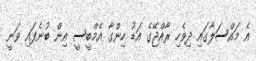
އެ މައްސަލާގައި ދިވެހި ރާއްޖޭގެ އަޑު ހިންގާ އެމްބީސީ އިން ބުނެފައި ވަނީ